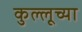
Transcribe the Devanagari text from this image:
कुल्लूच्या